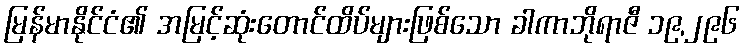
မြန်မာနိုင်ငံ၏ အမြင့်ဆုံးတောင်ထိပ်များဖြစ်သော ခါကာဘိုရာဇီ ၁၉,၂၉၆